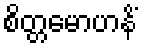
စိတ္တမောဟနိံ